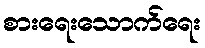
စားရေးသောက်ရေး